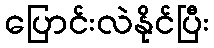
ပြောင်းလဲနိုင်ပြီး